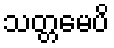
သတ္တမေပိ